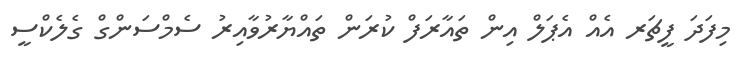
މިފަދަ ފީޗަރ އެއް އެޕަލް އިން ތައާރަފް ކުރަން ތައްޔާރުވާއިރު ސެމްސަންގް ގެލެކްސީ